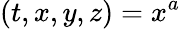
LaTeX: (t,x,y,z)=x^{a}